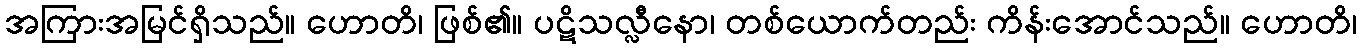
အကြားအမြင်ရှိသည်။ ဟောတိ၊ ဖြစ်၏။ ပဋိသလ္လီနော၊ တစ်ယောက်တည်း ကိန်းအောင်သည်။ ဟောတိ၊